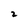
Character: 2